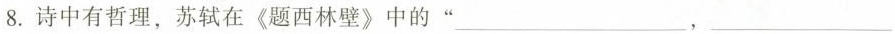
8.诗中有哲理，苏轼在《题西林壁》中的” ___，___